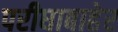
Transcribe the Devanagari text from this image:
परीघाबाहेर